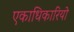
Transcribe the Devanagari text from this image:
एकाधिकारियो